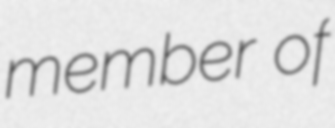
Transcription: member of